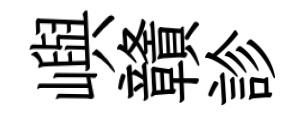
嶼贛診